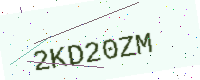
Text: 2KD20ZM